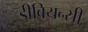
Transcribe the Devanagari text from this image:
डीवियन्सी